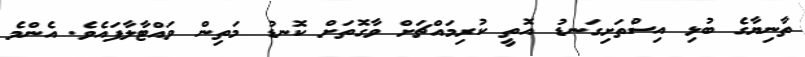
ތާނިޔާގެ ބުޅި އިސްތަށިގަނޑު އޮތީ ކުރިމައްޗަށް ވާގޮތަށް ކޮނޑު މަތިން ވައްޓާލާފައެވެ. އެންމެ